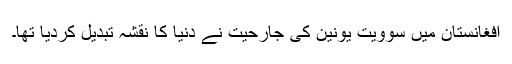
افغانستان میں سوویت یونین کی جارحیت نے دنیا کا نقشہ تبدیل کردیا تھا۔